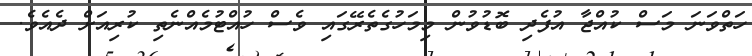
ހަތްވަނަ މަސް ކުއްޖާ އުފެދި ބޮޑުވުން މިމަހުގެތެރޭގައި ވެސް ހުއްޓުމެއްނެތި ކުރިއަށް ދެއެވެ.